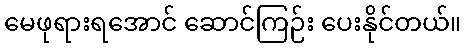
မေဖုရားရအောင် ဆောင်ကြဉ်း ပေးနိုင်တယ်။